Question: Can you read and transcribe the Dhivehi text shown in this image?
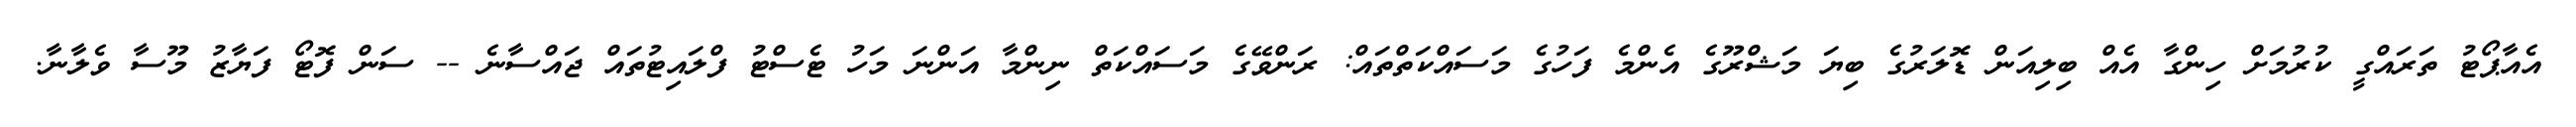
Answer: އެއާޕޯޓު ތަރައްގީ ކުރުމަށް ހިންގާ އެއް ބިލިއަން ޑޮލަރުގެ ބިޔަ މަޝްރޫގެ އެންމެ ފަހުގެ މަސައްކަތްތައް: ރަންވޭގެ މަސައްކަތް ނިންމާ އަންނަ މަހު ޓެސްޓު ފްލައިޓުތައް ޖައްސާނެ -- ސަން ފޮޓޯ ފަޔާޒު މޫސާ ވެލާނާ.